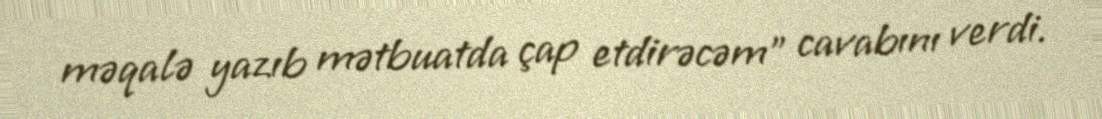
məqalə yazıb mətbuatda çap etdirəcəm” cavabını verdi.